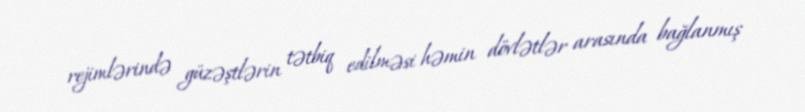
rejimlərində güzəştlərin tətbiq edilməsi həmin dövlətlər arasında bağlanmış